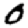
Digit: 0